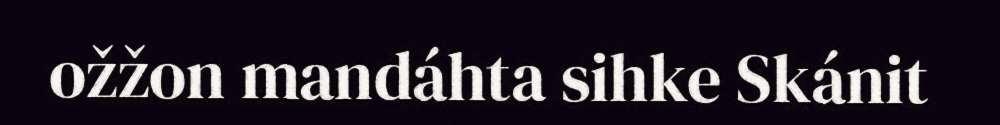
ožžon mandáhta sihke Skánit